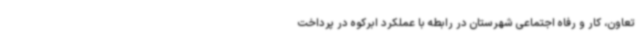
تعاون، کار و رفاه اجتماعی شهرستان در رابطه با عملکرد ابرکوه در پرداخت